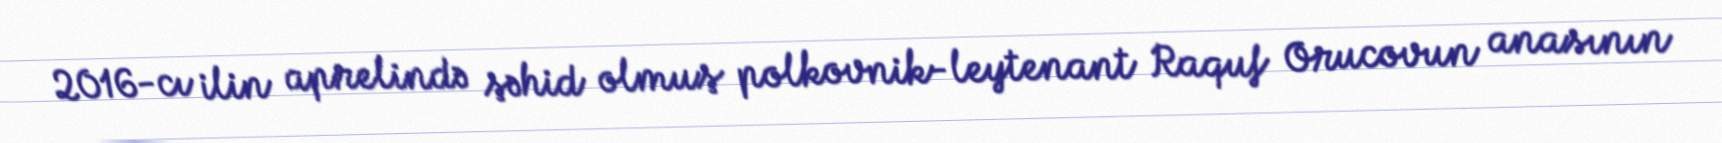
2016-cı ilin aprelində şəhid olmuş polkovnik-leytenant Raquf Orucovun anasının